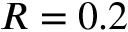
R = 0 . 2